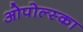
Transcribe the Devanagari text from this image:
ओपोल्स्का